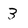
Character: 3